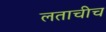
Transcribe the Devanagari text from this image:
लताचीच